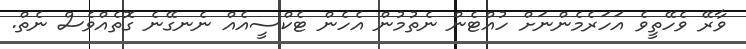
ވާރޭ ވެހޭތީވެ އަހަރެމެންނަށް ހުއްޓެން ނެތުމުން އެހެން ޓެކްސީއެއް ނެނގޭނެ ގޮތެއްވެސް ނެތް.